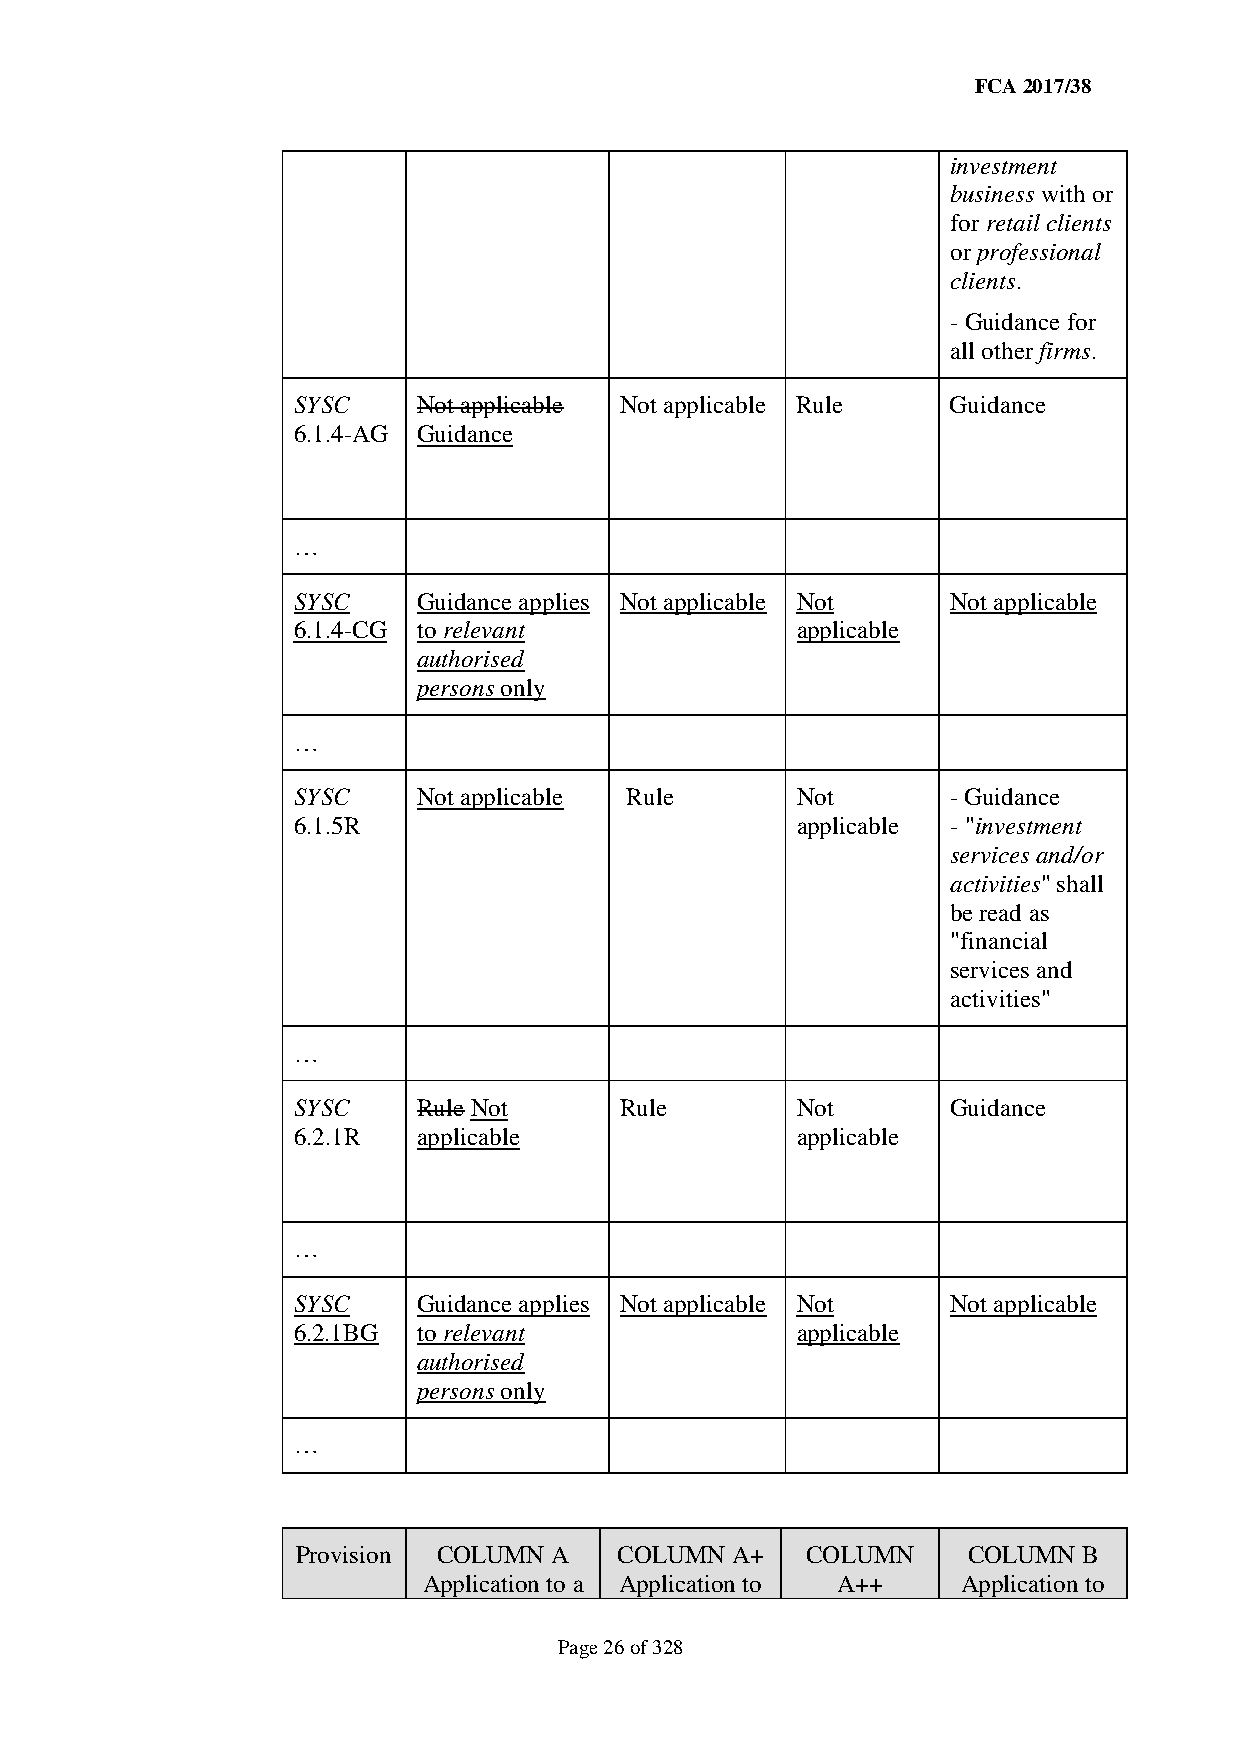
FCA 2017/38
 investment
 business with or
 for retail clients
 or professional
 clients.
 - Guidance for
 all other firms.
 SYSC     Not applicable Not applicable Rule Guidance
 6.1.4-AG Guidance
 …
 SYSC     Guidance applies Not applicable Not Not applicable
 6.1.4-CG to relevant              applicable
 authorised
 persons only
 …
 SYSC     Not applicable Rule      Not       - Guidance
 6.1.5R                            applicable - "investment
 services and/or
 activities" shall
 be read as
 "financial
 services and
 activities"
 …
 SYSC     Rule Not     Rule        Not       Guidance
 6.2.1R   applicable               applicable
 …
 SYSC     Guidance applies Not applicable Not Not applicable
 6.2.1BG  to relevant              applicable
 authorised
 persons only
 …
 Provision COLUMN A   COLUMN A+   COLUMN     COLUMN  B
 Application to a Application to A++ Application to
 Page 26 of 328